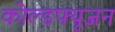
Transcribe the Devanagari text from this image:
कोल्डफ्यूजन